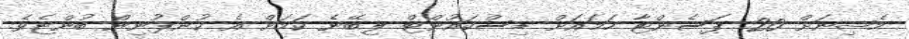
މެޝިނަށް 20 ޕަސެންޓާ ހަމައަށް ޑިސްކައުންޓް ލިބޭނެ ކަމަށް އެ ކުންފުނިން ބުންޏެވެ.